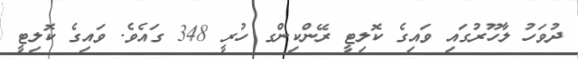
ދުވަހު ލާހޫރުގައި ވައިގެ ކޮލިޓީ ރޭންކިންގ ހުރީ 348 ގައެވެ. ވައިގެ ކޮލިޓީ